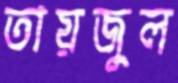
তায়জুল